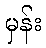
မှန်း